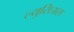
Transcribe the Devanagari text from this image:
ल्युसिअस